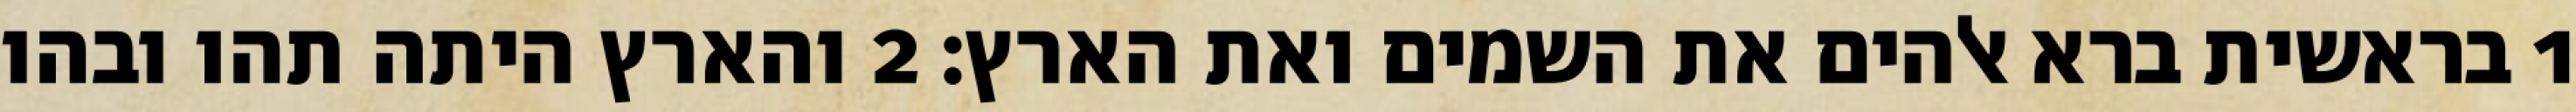
1 בראשית ברא אלהים את השמים ואת הארץ׃ ‎2‏ והארץ היתה תהו ובהו